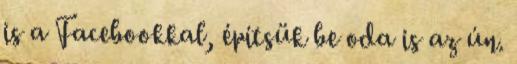
is a Facebookkal, építsük be oda is az ún.